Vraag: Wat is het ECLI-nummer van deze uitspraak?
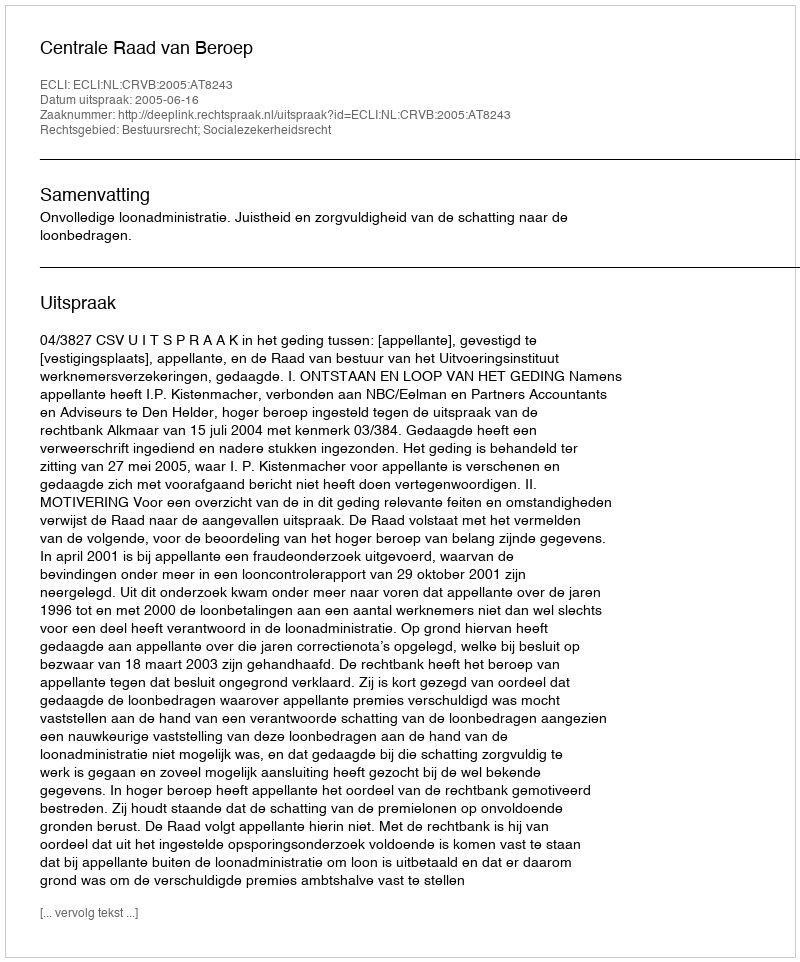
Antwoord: ECLI:NL:CRVB:2005:AT8243